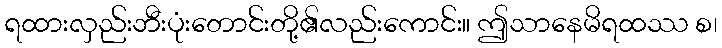
ရထားလှည်းဘီးပုံးတောင်းတို့၏လည်းကောင်း။ ဤသာနေမိရထဿ စ၊